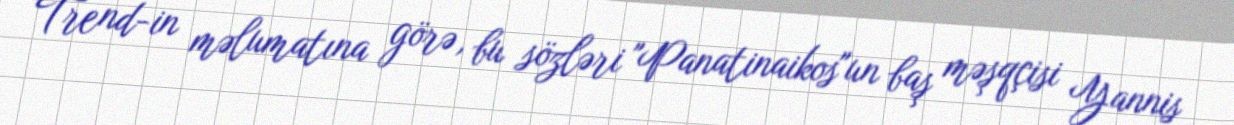
Trend-in məlumatına görə, bu sözləri "Panatinaikos"un baş məşqçisi Yannis